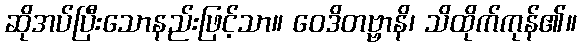
ဆိုအပ်ပြီးသောနည်းဖြင့်သာ။ ဝေဒိတဗ္ဗာနိ၊ သိထိုက်ကုန်၏။